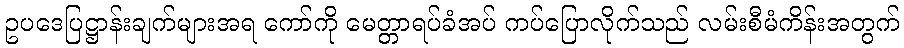
ဥပဒေပြဋ္ဌာန်းချက်များအရ ကော်ကို မေတ္တာရပ်ခံအပ် ကပ်ပြောလိုက်သည် လမ်းစီမံကိန်းအတွက်